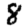
Digit: 8